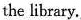
the library.